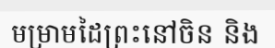
មម្រាមដៃព្រះនៅចិន និង